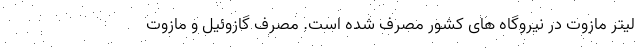
لیتر مازوت در نیروگاه های کشور مصرف شده است. مصرف گازوئیل و مازوت